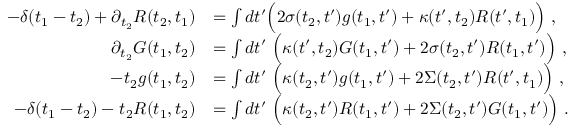
\begin{array} { r l } { - \delta ( t _ { 1 } - t _ { 2 } ) + \partial _ { t _ { 2 } } R ( t _ { 2 } , t _ { 1 } ) } & { = \int d t ^ { \prime } \Big ( 2 \sigma ( t _ { 2 } , t ^ { \prime } ) g ( t _ { 1 } , t ^ { \prime } ) + \kappa ( t ^ { \prime } , t _ { 2 } ) R ( t ^ { \prime } , t _ { 1 } ) \Big ) ~ , } \\ { \partial _ { t _ { 2 } } G ( t _ { 1 } , t _ { 2 } ) } & { = \int d t ^ { \prime } \ \Big ( \kappa ( t ^ { \prime } , t _ { 2 } ) G ( t _ { 1 } , t ^ { \prime } ) + 2 \sigma ( t _ { 2 } , t ^ { \prime } ) R ( t _ { 1 } , t ^ { \prime } ) \Big ) ~ , } \\ { - \d _ { t _ { 2 } } g ( t _ { 1 } , t _ { 2 } ) } & { = \int d t ^ { \prime } \ \Big ( \kappa ( t _ { 2 } , t ^ { \prime } ) g ( t _ { 1 } , t ^ { \prime } ) + 2 \Sigma ( t _ { 2 } , t ^ { \prime } ) R ( t ^ { \prime } , t _ { 1 } ) \Big ) ~ , } \\ { - \delta ( t _ { 1 } - t _ { 2 } ) - \d _ { t _ { 2 } } R ( t _ { 1 } , t _ { 2 } ) } & { = \int d t ^ { \prime } \ \Big ( \kappa ( t _ { 2 } , t ^ { \prime } ) R ( t _ { 1 } , t ^ { \prime } ) + 2 \Sigma ( t _ { 2 } , t ^ { \prime } ) G ( t _ { 1 } , t ^ { \prime } ) \Big ) ~ . } \end{array}